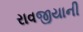
રાવજીયાની